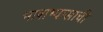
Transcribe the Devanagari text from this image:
भाषाभ्यासाची